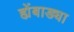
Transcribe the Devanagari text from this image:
ह्येंबाड्या